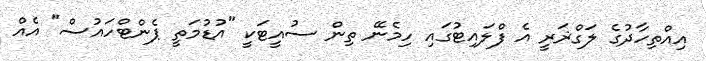
އިއްތިހާދުގެ ލަގްޜަރީ އެ ފްލައިޓުގައި ހިމެނޭ ތިން ސުއީޓަކީ "އުޑުމަތީ ޕެންޓްހައުސް" އެއް